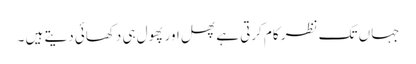
جہاں تک نظر کام کرتی ہے پھل اور پھول ہی دکھائی دیتے ہیں ۔